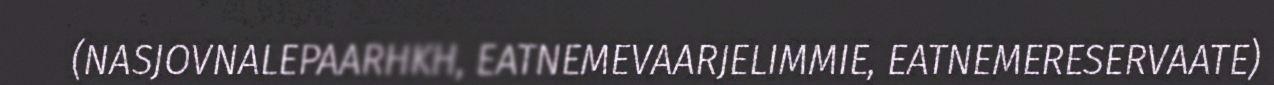
(NASJOVNALEPAARHKH, EATNEMEVAARJELIMMIE, EATNEMERESERVAATE)